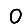
Digit: 0